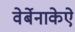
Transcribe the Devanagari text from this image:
वेर्बेनाकेऐ